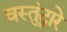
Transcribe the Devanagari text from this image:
वस्तुंद्वारे